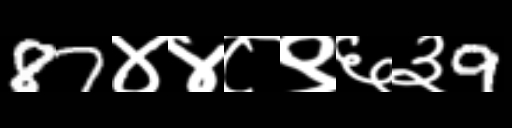
Text: 87४४८९६३9